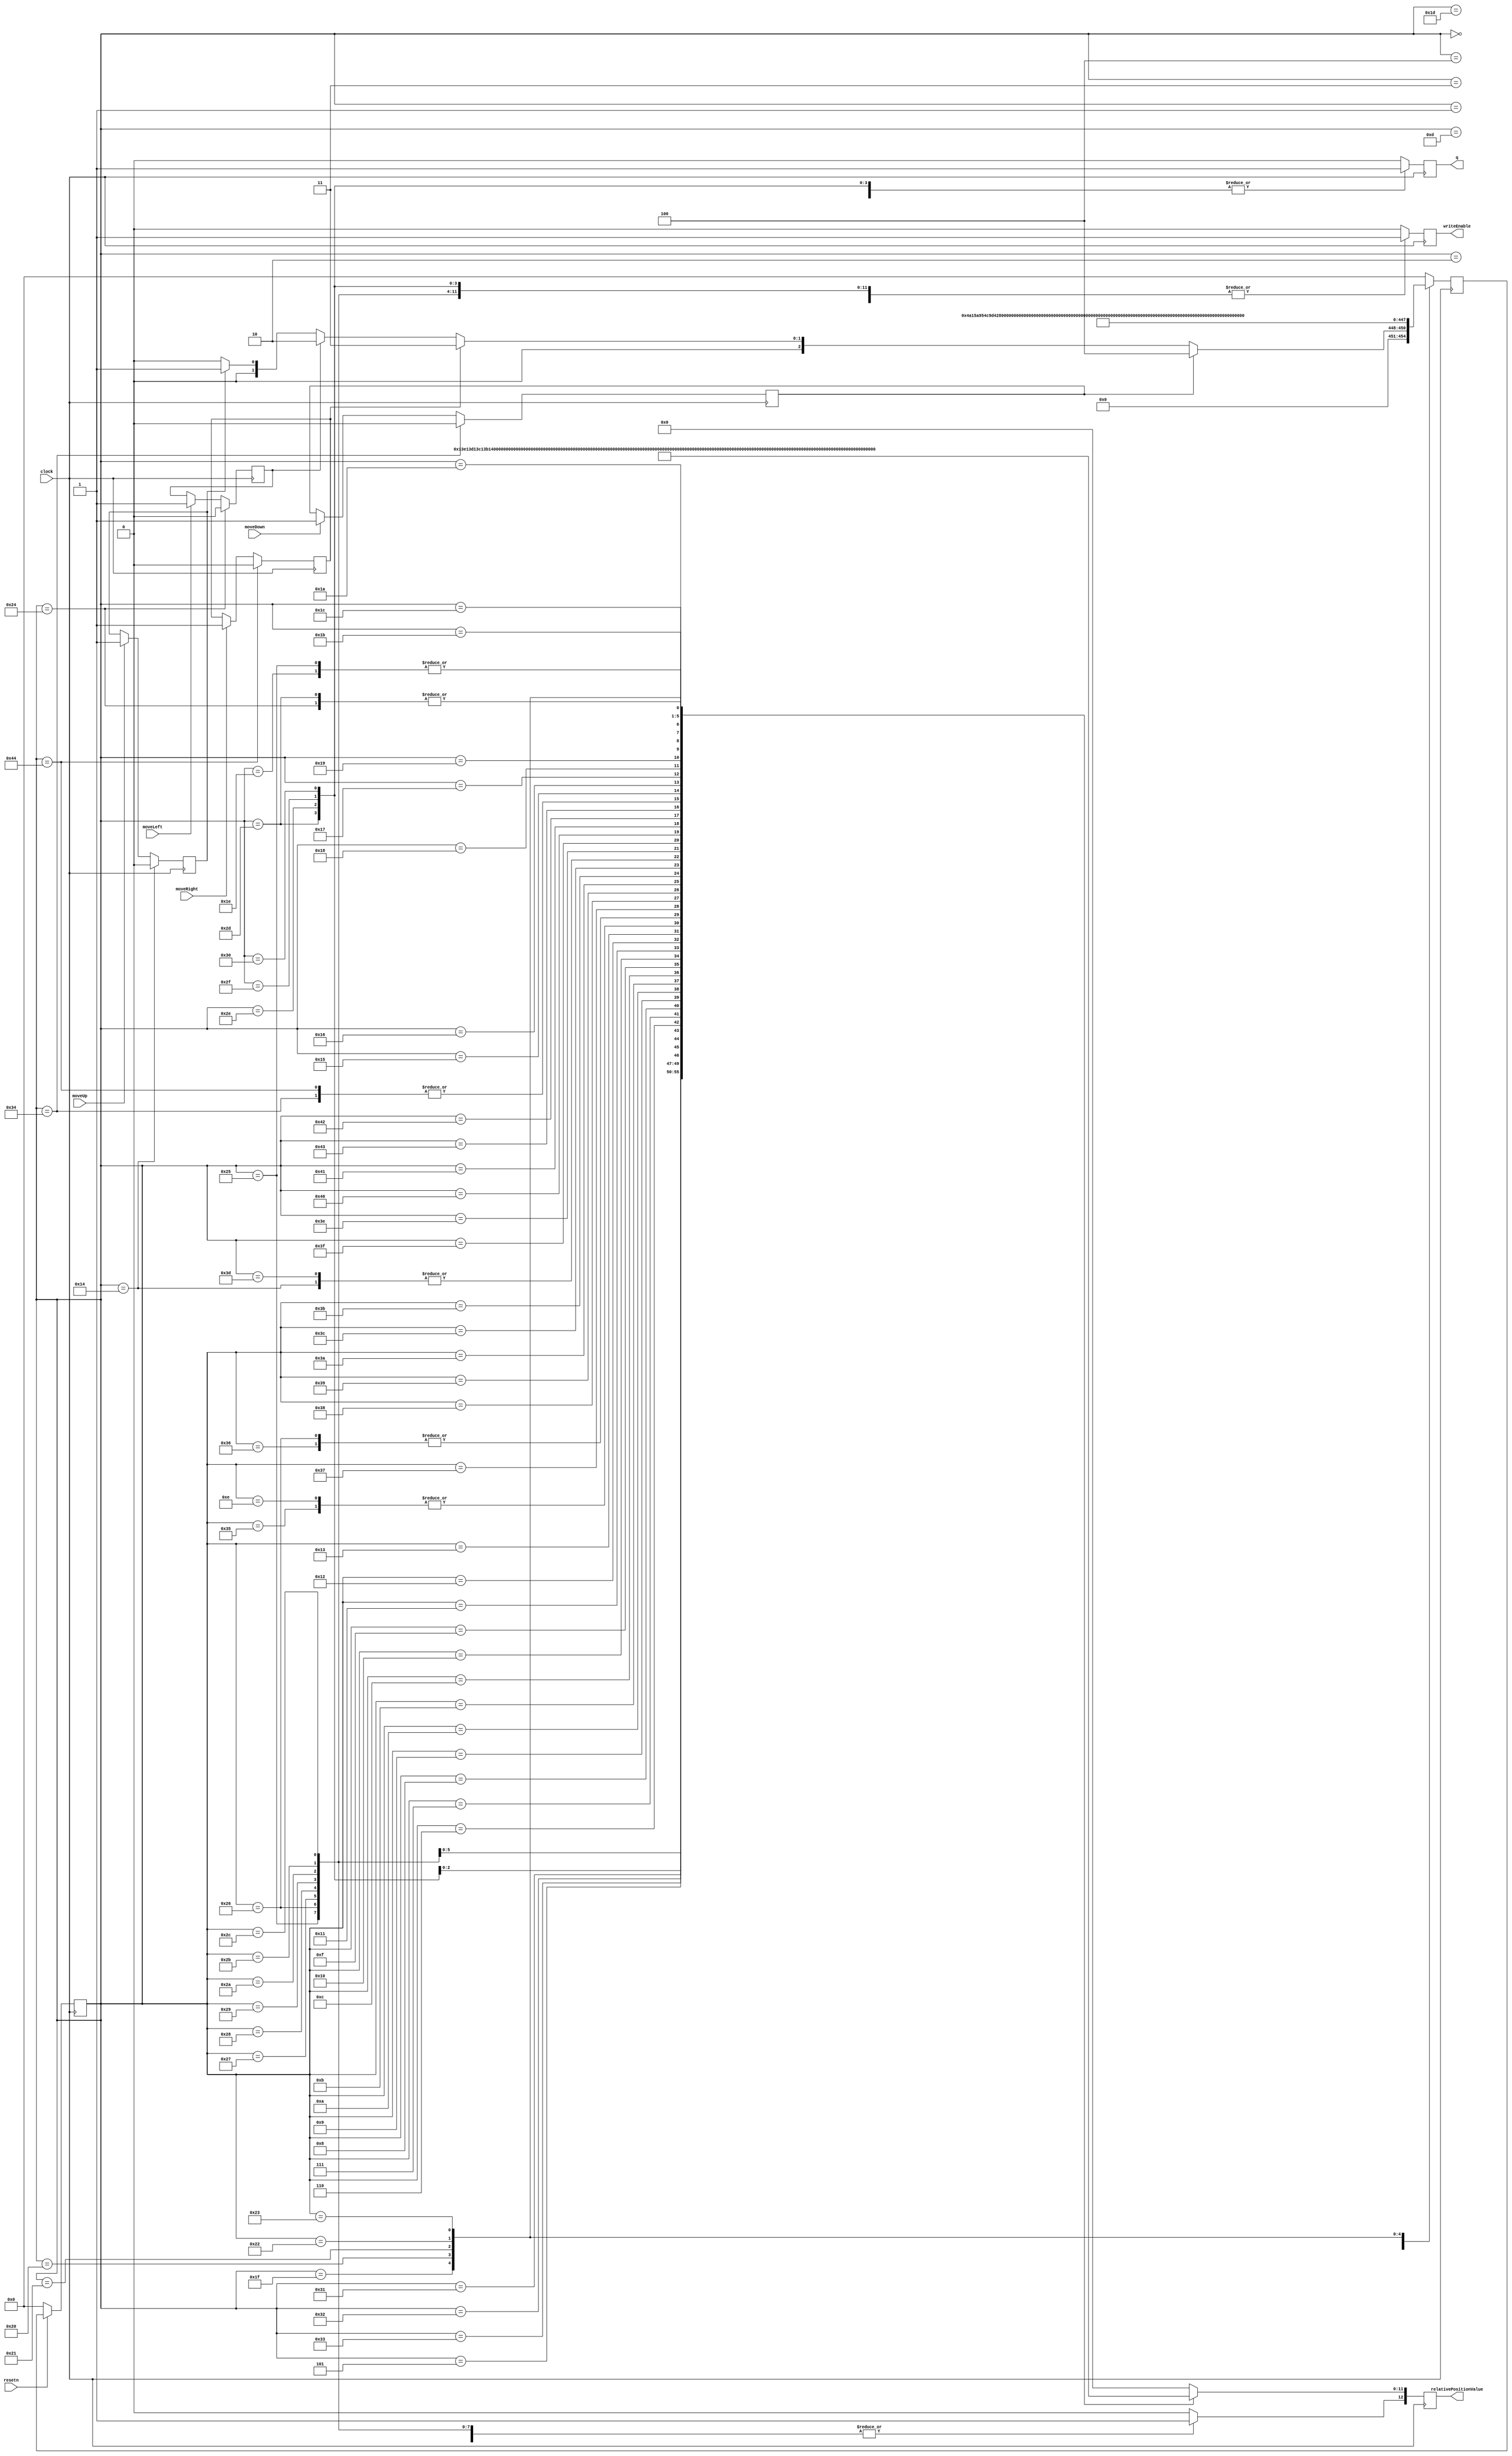
module control (clock, resetn, moveUp, moveDown, moveLeft, moveRight, writeEnable, q, relativePositionValue);

	input clock;
	input resetn;
	input moveUp;
	input moveDown;
	input moveLeft;
	input moveRight;
	output reg writeEnable;
	output reg q;
	output reg [12:0] relativePositionValue;
	reg queueUp;
	reg queueDown;
	reg queueLeft;
	reg queueRight;

	
	reg [6:0] currentState, nextState;
	
	localparam WAIT_FOR_SIGNAL = 7'd0,
				  MOVE_UP = 7'd1,
				  MOVE_LEFT = 7'd2,
				  MOVE_RIGHT = 7'd3,
				  MOVE_DOWN = 7'd4,
				  UP_P1 = 7'd5,
				  UP_P2 = 7'd6,
				  UP_P3 = 7'd7,
				  UP_P4 = 7'd8,
				  UP_P5 = 7'd9,
				  UP_P6 = 7'd10,
				  UP_P7 = 7'd11,
				  UP_P8 = 7'd12,
				  UP_P9 = 7'd13,
				  UP_P10 = 7'd14,
				  UP_P11 = 7'd15,
				  UP_P12 = 7'd16,
				  UP_P13 = 7'd17,
				  UP_P14 = 7'd18,
				  UP_P15 = 7'd19,
				  UP_P16 = 7'd20,
				  LEFT_P1 = 7'd21,
				  LEFT_P2 = 7'd22,
				  LEFT_P3 = 7'd23,
				  LEFT_P4 = 7'd24,
				  LEFT_P5 = 7'd25,
				  LEFT_P6 = 7'd26,
				  LEFT_P7 = 7'd27,
				  LEFT_P8 = 7'd28,
				  LEFT_P9 = 7'd29,
				  LEFT_P10 = 7'd30,
				  LEFT_P11 = 7'd31,
				  LEFT_P12 = 7'd32,
				  LEFT_P13 = 7'd33,
				  LEFT_P14 = 7'd34,
				  LEFT_P15 = 7'd35,
				  LEFT_P16 = 7'd36,
				  DOWN_P1 = 7'd37,
				  DOWN_P2 = 7'd38,
				  DOWN_P3 = 7'd39,
				  DOWN_P4 = 7'd40,
				  DOWN_P5 = 7'd41,
				  DOWN_P6 = 7'd42,
				  DOWN_P7 = 7'd43,
				  DOWN_P8 = 7'd44,
				  DOWN_P9 = 7'd45,
				  DOWN_P10 = 7'd46,
				  DOWN_P11 = 7'd47,
				  DOWN_P12 = 7'd48,
				  DOWN_P13 = 7'd49,
				  DOWN_P14 = 7'd50,
				  DOWN_P15 = 7'd51,
				  DOWN_P16 = 7'd52,
				  RIGHT_P1 = 7'd53,
				  RIGHT_P2 = 7'd54,
				  RIGHT_P3 = 7'd55,
				  RIGHT_P4 = 7'd56,
				  RIGHT_P5 = 7'd57,
				  RIGHT_P6 = 7'd58,
				  RIGHT_P7 = 7'd59,
				  RIGHT_P8 = 7'd60,
				  RIGHT_P9 = 7'd61,
				  RIGHT_P10 = 7'd62,
				  RIGHT_P11 = 7'd63,
				  RIGHT_P12 = 7'd64,
				  RIGHT_P13 = 7'd65,
				  RIGHT_P14 = 7'd66,
				  RIGHT_P15 = 7'd67,
				  RIGHT_P16 = 7'd68;
				  
	always @ (posedge clock)
	begin
		case (currentState)
			WAIT_FOR_SIGNAL:
			begin
				if (queueDown)
				begin
					nextState <= MOVE_DOWN;
				end
				else if (queueRight)
				begin
					nextState <= MOVE_RIGHT;
				end
				else if (queueLeft)
				begin
					nextState <= MOVE_LEFT;
				end
				else if (queueUp)
				begin
					nextState <= MOVE_UP;
				end
				else
				begin
					nextState <= WAIT_FOR_SIGNAL;
				end
			end
			MOVE_DOWN:
			begin
				nextState = DOWN_P1;
			end
			MOVE_UP:
			begin
				nextState = UP_P1;
			end
			MOVE_RIGHT:
			begin
				nextState = RIGHT_P1;
			end
			MOVE_LEFT:
			begin
				nextState = LEFT_P1;
			end
			DOWN_P1:
			begin
				nextState = DOWN_P2;
			end
			DOWN_P2:
			begin
				nextState = DOWN_P3;
			end
			DOWN_P3:
			begin
				nextState = DOWN_P4;
			end
			DOWN_P4:
			begin
				nextState = DOWN_P5;
			end
			DOWN_P5:
			begin
				nextState = DOWN_P6;
			end
			DOWN_P6:
			begin
				nextState = DOWN_P7;
			end
			DOWN_P7:
			begin
				nextState = DOWN_P8;
			end
			DOWN_P8:
			begin
				nextState = DOWN_P9;
			end
			DOWN_P9:
			begin
				nextState = DOWN_P10;
			end
			DOWN_P10:
			begin
				nextState = DOWN_P11;
			end
			DOWN_P11:
			begin
				nextState = DOWN_P12;
			end
			DOWN_P12:
			begin
				nextState = DOWN_P13;
			end
			DOWN_P13:
			begin
				nextState = DOWN_P14;
			end
			DOWN_P14:
			begin
				nextState = DOWN_P15;
			end
			DOWN_P15:
			begin
				nextState = DOWN_P16;
			end
			DOWN_P16:
			begin
				nextState = WAIT_FOR_SIGNAL;
			end
			UP_P1:
			begin
				nextState = UP_P2;
			end
			UP_P2:
			begin
				nextState = UP_P3;
			end
			UP_P3:
			begin
				nextState = UP_P4;
			end
			UP_P4:
			begin
				nextState = UP_P5;
			end
			UP_P5:
			begin
				nextState = UP_P6;
			end
			UP_P6:
			begin
				nextState = UP_P7;
			end
			UP_P7:
			begin
				nextState = UP_P8;
			end
			UP_P8:
			begin
				nextState = UP_P9;
			end
			UP_P9:
			begin
				nextState = UP_P10;
			end
			UP_P10:
			begin
				nextState = UP_P11;
			end
			UP_P11:
			begin
				nextState = UP_P12;
			end
			UP_P12:
			begin
				nextState = UP_P13;
			end
			UP_P13:
			begin
				nextState = UP_P14;
			end
			UP_P14:
			begin
				nextState = UP_P15;
			end
			UP_P15:
			begin
				nextState = UP_P16;
			end
			UP_P16:
			begin
				nextState = WAIT_FOR_SIGNAL;
			end
			RIGHT_P1:
			begin
				nextState = RIGHT_P2;
			end
			RIGHT_P2:
			begin
				nextState = RIGHT_P3;
			end
			RIGHT_P3:
			begin
				nextState = RIGHT_P4;
			end
			RIGHT_P4:
			begin
				nextState = RIGHT_P5;
			end
			RIGHT_P5:
			begin
				nextState = RIGHT_P6;
			end
			RIGHT_P6:
			begin
				nextState = RIGHT_P7;
			end
			RIGHT_P7:
			begin
				nextState = RIGHT_P8;
			end
			RIGHT_P8:
			begin
				nextState = RIGHT_P9;
			end
			RIGHT_P9:
			begin
				nextState = RIGHT_P10;
			end
			RIGHT_P10:
			begin
				nextState = RIGHT_P11;
			end
			RIGHT_P11:
			begin
				nextState = RIGHT_P12;
			end
			RIGHT_P12:
			begin
				nextState = RIGHT_P13;
			end
			RIGHT_P13:
			begin
				nextState = RIGHT_P14;
			end
			RIGHT_P14:
			begin
				nextState = RIGHT_P15;
			end
			RIGHT_P15:
			begin
				nextState = RIGHT_P16;
			end
			RIGHT_P16:
			begin
				nextState = WAIT_FOR_SIGNAL;
			end
			LEFT_P1:
			begin
				nextState = LEFT_P2;
			end
			LEFT_P2:
			begin
				nextState = LEFT_P3;
			end
			LEFT_P3:
			begin
				nextState = LEFT_P4;
			end
			LEFT_P4:
			begin
				nextState = LEFT_P5;
			end
			LEFT_P5:
			begin
				nextState = LEFT_P6;
			end
			LEFT_P6:
			begin
				nextState = LEFT_P7;
			end
			LEFT_P7:
			begin
				nextState = LEFT_P8;
			end
			LEFT_P8:
			begin
				nextState = LEFT_P9;
			end
			LEFT_P9:
			begin
				nextState = LEFT_P10;
			end
			LEFT_P10:
			begin
				nextState = LEFT_P11;
			end
			LEFT_P11:
			begin
				nextState = LEFT_P12;
			end
			LEFT_P12:
			begin
				nextState = LEFT_P13;
			end
			LEFT_P13:
			begin
				nextState = LEFT_P14;
			end
			LEFT_P14:
			begin
				nextState = LEFT_P15;
			end
			LEFT_P15:
			begin
				nextState = LEFT_P16;
			end
			LEFT_P16:
			begin
				nextState = WAIT_FOR_SIGNAL;
			end
			default: 
			begin
				nextState = WAIT_FOR_SIGNAL;
			end
		endcase
	end
	
	always @ (posedge clock)
	begin
		writeEnable <= 1'b0;
		q <= 1'b0;
		relativePositionValue <= 13'd0;
		if (moveUp)
		begin
			queueUp <= 1'b1;
		end
		if (moveDown)
		begin
			queueDown <= 1'b1;
		end
		if (moveRight)
		begin
			queueRight <= 1'b1;
		end
		if (moveLeft)
		begin
			queueLeft <= 1'b1;
		end
		case (currentState)
			DOWN_P1:
			begin
				writeEnable <= 1'b1;
				relativePositionValue [11:0] <= 12'd320;
				relativePositionValue [12] <= 1'b1;
			end
			DOWN_P2:
			begin
				writeEnable <= 1'b1;
				relativePositionValue [11:0] <= 12'd319;
				relativePositionValue [12] <= 1'b1;
			end
			DOWN_P3:
			begin
				writeEnable <= 1'b1;
				relativePositionValue [11:0] <= 12'd318;
				relativePositionValue [12] <= 1'b1;
			end
			DOWN_P4:
			begin
				writeEnable <= 1'b1;
				relativePositionValue [11:0] <= 12'd317;
				relativePositionValue [12] <= 1'b1;
			end
			DOWN_P5:
			begin
				writeEnable <= 1'b1;
				relativePositionValue [11:0] <= 12'd316;
				relativePositionValue [12] <= 1'b1;
			end
			DOWN_P6:
			begin
				writeEnable <= 1'b1;
				relativePositionValue [11:0] <= 12'd315;
				relativePositionValue [12] <= 1'b1;
			end
			DOWN_P7:
			begin
				writeEnable <= 1'b1;
				relativePositionValue [11:0] <= 12'd314;
				relativePositionValue [12] <= 1'b1;
			end
			DOWN_P8:
			begin
				writeEnable <= 1'b1;
				relativePositionValue [11:0] <= 12'd313;
				relativePositionValue [12] <= 1'b1;
			end
			DOWN_P9:
			begin
				writeEnable <= 1'b1;
				q <= 1'b1;
				relativePositionValue [11:0] <= 12'd2240;
				relativePositionValue [12] <= 1'b0;
			end
			DOWN_P10:
			begin
				writeEnable <= 1'b1;
				q <= 1'b1;
				relativePositionValue [11:0] <= 12'd2241;
				relativePositionValue [12] <= 1'b0;		
			end
			DOWN_P11:
			begin
				writeEnable <= 1'b1;
				q <= 1'b1;
				relativePositionValue [11:0] <= 12'd2242;
				relativePositionValue [12] <= 1'b0;
			end
			DOWN_P12:
			begin
				writeEnable <= 1'b1;
				q <= 1'b1;
				relativePositionValue [11:0] <= 12'd2243;
				relativePositionValue [12] <= 1'b0;
			end
			DOWN_P13:
			begin
				writeEnable <= 1'b1;
				q <= 1'b1;
				relativePositionValue [11:0] <= 12'd2244;
				relativePositionValue [12] <= 1'b0;
			end
			DOWN_P14:
			begin
				writeEnable <= 1'b1;
				q <= 1'b1;
				relativePositionValue [11:0] <= 12'd2245;
				relativePositionValue [12] <= 1'b0;
			end
			DOWN_P15:
			begin
				writeEnable <= 1'b1;
				q <= 1'b1;
				relativePositionValue [11:0] <= 12'd2246;
				relativePositionValue [12] <= 1'b0;
			end
			DOWN_P16:
			begin
				queueDown <= 1'b0;
				writeEnable <= 1'b1;
				q <= 1'b1;
				relativePositionValue [11:0] <= 12'd2247;
				relativePositionValue [12] <= 1'b0;
			end
			UP_P1:
			begin
				writeEnable <= 1'b1;
				relativePositionValue [11:0] <= 12'd2560;
				relativePositionValue [12] <= 1'b0;
			end
			UP_P2:
			begin
				writeEnable <= 1'b1;
				relativePositionValue [11:0] <= 12'd2561;
				relativePositionValue [12] <= 1'b0;
			end
			UP_P3:
			begin
				writeEnable <= 1'b1;
				relativePositionValue [11:0] <= 12'd2562;
				relativePositionValue [12] <= 1'b0;			
			end
			UP_P4:
			begin
				writeEnable <= 1'b1;
				relativePositionValue [11:0] <= 12'd2563;
				relativePositionValue [12] <= 1'b0;
			end
			UP_P5:
			begin
				writeEnable <= 1'b1;
				relativePositionValue [11:0] <= 12'd2564;
				relativePositionValue [12] <= 1'b0;
			end
			UP_P6:
			begin
				writeEnable <= 1'b1;
				relativePositionValue [11:0] <= 12'd2565;
				relativePositionValue [12] <= 1'b0;	
			end
			UP_P7:
			begin
				writeEnable <= 1'b1;
				relativePositionValue [11:0] <= 12'd2566;
				relativePositionValue [12] <= 1'b0;
			end
			UP_P8:
			begin
				writeEnable <= 1'b1;
				relativePositionValue [11:0] <= 12'd2567;
				relativePositionValue [12] <= 1'b0;
			end
			UP_P9:
			begin
				writeEnable <= 1'b1;
				q <= 1'b1;
				relativePositionValue [11:0] <= 12'd0;
				relativePositionValue [12] <= 1'b0;
			end
			UP_P10:
			begin
				writeEnable <= 1'b1;
				q <= 1'b1;
				relativePositionValue [11:0] <= 12'd1;
				relativePositionValue [12] <= 1'b0;
			end
			UP_P11:
			begin
				writeEnable <= 1'b1;
				q <= 1'b1;
				relativePositionValue [11:0] <= 12'd2;
				relativePositionValue [12] <= 1'b0;
			end
			UP_P12:
			begin
				writeEnable <= 1'b1;
				q <= 1'b1;
				relativePositionValue [11:0] <= 12'd3;
				relativePositionValue [12] <= 1'b0;
			end
			UP_P13:
			begin
				writeEnable <= 1'b1;
				q <= 1'b1;
				relativePositionValue [11:0] <= 12'd4;
				relativePositionValue [12] <= 1'b0;
			end
			UP_P14:
			begin
				writeEnable <= 1'b1;
				q <= 1'b1;
				relativePositionValue [11:0] <= 12'd5;
				relativePositionValue [12] <= 1'b0;
			end
			UP_P15:
			begin
				writeEnable <= 1'b1;
				q <= 1'b1;
				relativePositionValue [11:0] <= 12'd6;
				relativePositionValue [12] <= 1'b0;
			end
			UP_P16:
			begin
				queueUp <= 1'b0;
				writeEnable <= 1'b1;
				q <= 1'b1;
				relativePositionValue [11:0] <= 12'd7;
				relativePositionValue [12] <= 1'b0;
			end
			RIGHT_P1:
			begin
				writeEnable <= 1'b1;
				relativePositionValue [11:0] <= 12'd1;
				relativePositionValue [12] <= 1'b1;
			end
			RIGHT_P2:
			begin
				writeEnable <= 1'b1;
				relativePositionValue [11:0] <= 12'd319;
				relativePositionValue [12] <= 1'b0;
			end
			RIGHT_P3:
			begin
				writeEnable <= 1'b1;
				relativePositionValue [11:0] <= 12'd639;
				relativePositionValue [12] <= 1'b0;
			end
			RIGHT_P4:
			begin
				writeEnable <= 1'b1;
				relativePositionValue [11:0] <= 12'd959;
				relativePositionValue [12] <= 1'b0;
			end
			RIGHT_P5:
			begin
				writeEnable <= 1'b1;
				relativePositionValue [11:0] <= 12'd1279;
				relativePositionValue [12] <= 1'b0;
			end
			RIGHT_P6:
			begin
				writeEnable <= 1'b1;
				relativePositionValue [11:0] <= 12'd1599;
				relativePositionValue [12] <= 1'b0;
			end
			RIGHT_P7:
			begin
				writeEnable <= 1'b1;
				relativePositionValue [11:0] <= 12'd1919;
				relativePositionValue [12] <= 1'b0;
			end
			RIGHT_P8:
			begin	
				writeEnable <= 1'b1;
				relativePositionValue [11:0] <= 12'd2239;
				relativePositionValue [12] <= 1'b0;
			end
			RIGHT_P9:
			begin
				writeEnable <= 1'b1;
				q <= 1'b1;
				relativePositionValue [11:0] <= 12'd7;
				relativePositionValue [12] <= 1'b0;
			end
			RIGHT_P10:
			begin
				writeEnable <= 1'b1;
				q <= 1'b1;
				relativePositionValue [11:0] <= 12'd327;
				relativePositionValue [12] <= 1'b0;
			end
			RIGHT_P11:
			begin
				writeEnable <= 1'b1;
				q <= 1'b1;
				relativePositionValue [11:0] <= 12'd647;
				relativePositionValue [12] <= 1'b0;
			end
			RIGHT_P12:
			begin
				writeEnable <= 1'b1;
				q <= 1'b1;
				relativePositionValue [11:0] <= 12'd967;
				relativePositionValue [12] <= 1'b0;
			end
			RIGHT_P13:
			begin
				writeEnable <= 1'b1;
				q <= 1'b1;
				relativePositionValue [11:0] <= 12'd1287;
				relativePositionValue [12] <= 1'b0;
			end
			RIGHT_P14:
			begin
				writeEnable <= 1'b1;
				q <= 1'b1;
				relativePositionValue [11:0] <= 12'd1607;
				relativePositionValue [12] <= 1'b0;
			end
			RIGHT_P15:
			begin
				writeEnable <= 1'b1;
				q <= 1'b1;
				relativePositionValue [11:0] <= 12'd1927;
				relativePositionValue [12] <= 1'b0;
			end
			RIGHT_P16:
			begin
				queueRight <= 1'b0;
				writeEnable <= 1'b1;
				q <= 1'b1;
				relativePositionValue [11:0] <= 12'd2247;
				relativePositionValue [12] <= 1'b0;
			end
			LEFT_P1:
			begin
				writeEnable <= 1'b1;
				relativePositionValue [11:0] <= 12'd8;
				relativePositionValue [12] <= 1'b0;				
			end
			LEFT_P2:
			begin
				writeEnable <= 1'b1;
				relativePositionValue [11:0] <= 12'd328;
				relativePositionValue [12] <= 1'b0;			
			end
			LEFT_P3:
			begin
				writeEnable <= 1'b1;
				relativePositionValue [11:0] <= 12'd648;
				relativePositionValue [12] <= 1'b0;			
			end
			LEFT_P4:
			begin
				writeEnable <= 1'b1;
				relativePositionValue [11:0] <= 12'd968;
				relativePositionValue [12] <= 1'b0;			
			end
			LEFT_P5:
			begin
				writeEnable <= 1'b1;
				relativePositionValue [11:0] <= 12'd1288;
				relativePositionValue [12] <= 1'b0;			
			end
			LEFT_P6:
			begin
				writeEnable <= 1'b1;
				relativePositionValue [11:0] <= 12'd1608;
				relativePositionValue [12] <= 1'b0;			
			end
			LEFT_P7:
			begin
				writeEnable <= 1'b1;
				relativePositionValue [11:0] <= 12'd1928;
				relativePositionValue [12] <= 1'b0;			
			end
			LEFT_P8:
			begin
				writeEnable <= 1'b1;
				relativePositionValue [11:0] <= 12'd2248;
				relativePositionValue [12] <= 1'b0;			
			end
			LEFT_P9:
			begin
				writeEnable <= 1'b1;
				q <= 1'b1;
				relativePositionValue [11:0] <= 12'd0;
				relativePositionValue [12] <= 1'b0;
			end
			LEFT_P10:
			begin
				writeEnable <= 1'b1;
				q <= 1'b1;
				relativePositionValue [11:0] <= 12'd320;
				relativePositionValue [12] <= 1'b0;
			end
			LEFT_P11:
			begin
				writeEnable <= 1'b1;
				q <= 1'b1;
				relativePositionValue [11:0] <= 12'd640;
				relativePositionValue [12] <= 1'b0;
			end
			LEFT_P12:
			begin
				writeEnable <= 1'b1;
				q <= 1'b1;
				relativePositionValue [11:0] <= 12'd960;
				relativePositionValue [12] <= 1'b0;
			end
			LEFT_P13:
			begin	
				writeEnable <= 1'b1;
				q <= 1'b1;
				relativePositionValue [11:0] <= 12'd1280;
				relativePositionValue [12] <= 1'b0;
			end
			LEFT_P14:
			begin
				writeEnable <= 1'b1;
				q <= 1'b1;
				relativePositionValue [11:0] <= 12'd1600;
				relativePositionValue [12] <= 1'b0;
			end
			LEFT_P15:
			begin
				writeEnable <= 1'b1;
				q <= 1'b1;
				relativePositionValue [11:0] <= 12'd1920;
				relativePositionValue [12] <= 1'b0;
			end
			LEFT_P16:
			begin
				queueLeft <= 1'b0;
				writeEnable <= 1'b1;
				q <= 1'b1;
				relativePositionValue [11:0] <= 12'd2240;
				relativePositionValue [12] <= 1'b0;
			end
		endcase
	end
	
	always @ (posedge clock)
	begin
	if (!resetn)
		currentState <= WAIT_FOR_SIGNAL;
	else
		currentState <= nextState;
	end
	
endmodule